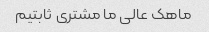
ماهک عالی ما مشتری ثابتیم